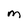
Character: M